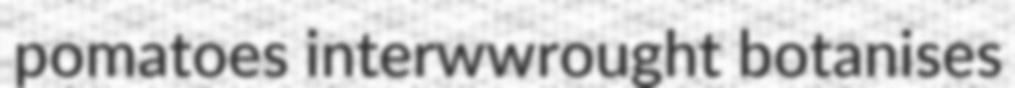
pomatoes interwwrought botanises